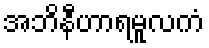
အဘိနီဟာရမူလကံ